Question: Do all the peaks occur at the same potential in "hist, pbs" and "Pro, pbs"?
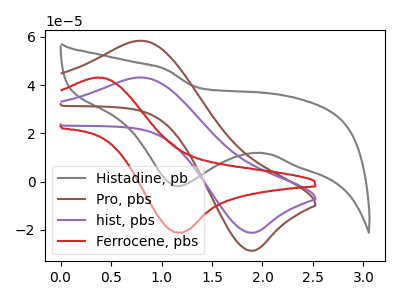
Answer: <think>The gray curve "Histadine, pb" has a cathodic peak at: (1.15V, -1.85uA). The brown curve "Pro, pbs" has an anodic peak at (0.80V, 58.45uA) and a cathodic peak at (1.90V, -28.60uA). The purple curve "hist, pbs" has an anodic peak at (0.80V, 43.20uA) and a cathodic peak at (1.90V, -21.15uA). The red curve "Ferrocene, pbs" has an anodic peak at (0.35V, 43.15uA) and a cathodic peak at (1.15V, -21.10uA).</think>
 <answer>Yes, "hist, pbs" have a peak in "Pro, pbs" at the same potential.</answer>
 <eval>match</eval>